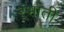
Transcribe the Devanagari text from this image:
रंभाती